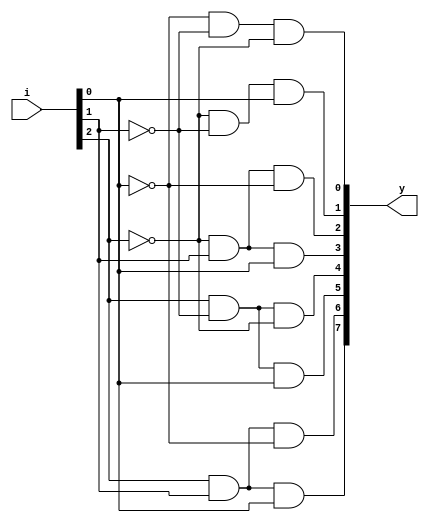
`timescale 1ns / 1ps
//////////////////////////////////////////////////////////////////////////////////
// Company: 
// Engineer: 
// 
// Design Name: 
// Module Name:    decoder8to3D 
// Project Name: 
// Target Devices: 
// Tool versions: 
// Description: 
//
// Dependencies: 
//
// Revision: 
// Revision 0.01 - File Created
// Additional Comments: 
//
//////////////////////////////////////////////////////////////////////////////////
module decoder8to3D(y,i
    );
input [2:0] i;
output [7:0] y;
assign i0=~i[0];
assign i1=~i[1];
assign i2=~i[2];
assign y[0]=i0&i1&i2;
assign y[1]=i2&i1&i[0];
assign y[2]=i2&i[1]&i0;
assign y[3]=i2&i[1]&i[0];
assign y[4]=i[2]&i1&i2;
assign y[5]=i[2]&i1&i[0];
assign y[6]=i[2]&i[1]&i0;
assign y[7]=i[2]&i[1]&i[0];

endmodule